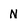
Character: N